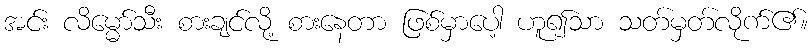
အင်း လိမ္မော်သီး စားချင်လို့ စားနေတာ ဖြစ်မှာပေါ့ ဟူ၍သာ သတ်မှတ်လိုက်၏။